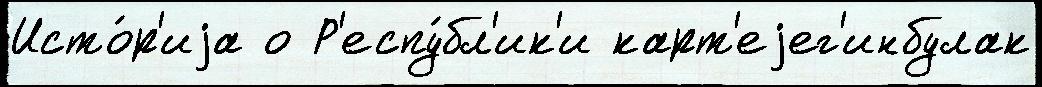
Исто́р'иjа о Р'еспу́бл'ик'и карт'еjег'инбулак